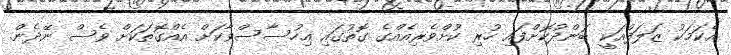
އެކަމަކު ޒަލަފްއަކީ ބަންދުކޮށްފައި ހުރި ކުށްވެރިއެއްގެ ގޮތުގައި އިހުސާސްވާކަށް އެއްގޮތަކަށް ވެސް ނޭދެން.